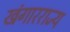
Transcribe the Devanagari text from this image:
खंगारराज्य